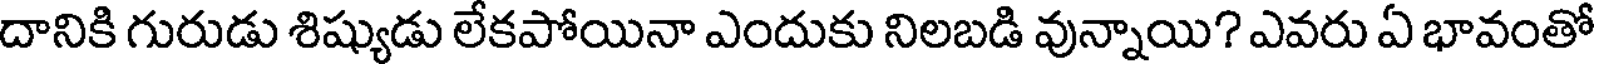
దానికి గురుడు శిష్యుడు లేకపోయినా ఎందుకు నిలబడి వున్నాయి? ఎవరు ఏ భావంతో